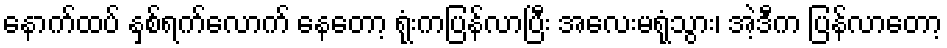
နောက်ထပ် နှစ်ရက်လောက် နေတော့ ရုံးကပြန်လာပြီး အလေးမရုံသွား၊ အဲ့ဒီက ပြန်လာတော့